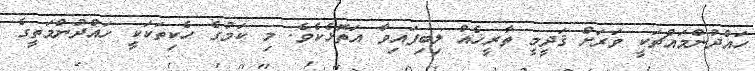
ހައްދުންމައްޗަކީ ވަރަށް ޤަދީމީ ތާރީޚެއް ލިބިފައިވާ އަތޮޅެކެވެ. މި ކަމުގެ ހެކިތަކަކީ ހައްދުންމަތީގެ